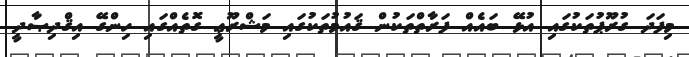
މިފަދަ ގުރޫޕުތަކުގައި އުޅޭ ބައެއް ފަރާތްތަކުން ޤައުމުތަކުގައި މަޝްރޫޢީ ގޮތެއްގައި ހިންގޭ އިޤްދިޞާދީ